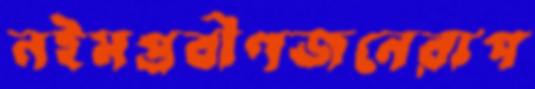
নইমপ্রবীণজনেরাপ